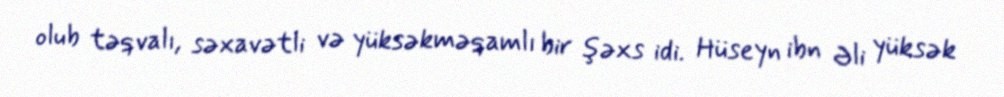
olub təqvalı, səxavətli və yüksəkməqamlı bir şəxs idi. Hüseyn ibn Əli yüksək